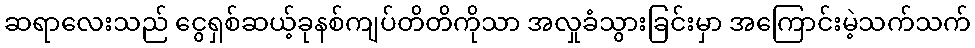
ဆရာလေးသည် ငွေရှစ်ဆယ့်ခုနစ်ကျပ်တိတိကိုသာ အလှုခံသွားခြင်းမှာ အကြောင်းမဲ့သက်သက်